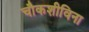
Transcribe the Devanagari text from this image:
चौकशीविना